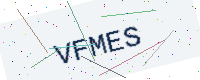
Text: VFMES